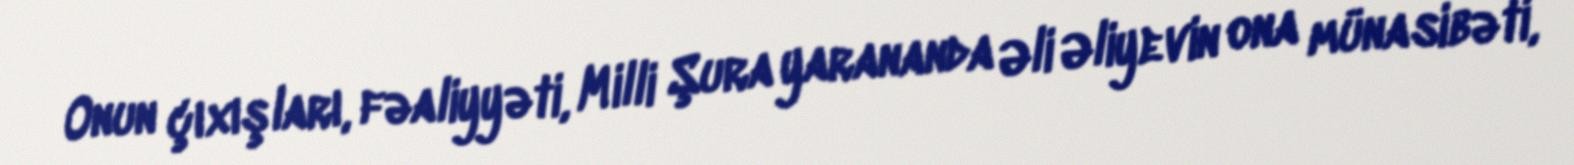
Onun çıxışları, fəaliyyəti, Milli Şura yarananda Əli Əliyevin ona münasibəti,